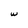
Character: w